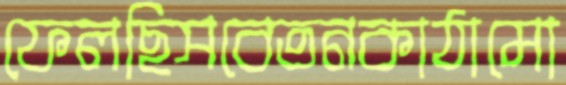
ফেলছিসবেতনকাঠামো